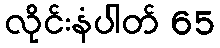
လိုင်းနံပါတ် 65